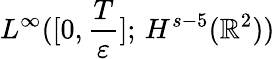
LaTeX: L^{\infty}([0,\frac{T}{\varepsilon}];\, H^{s-5}(\mathbb{R}^{2}))